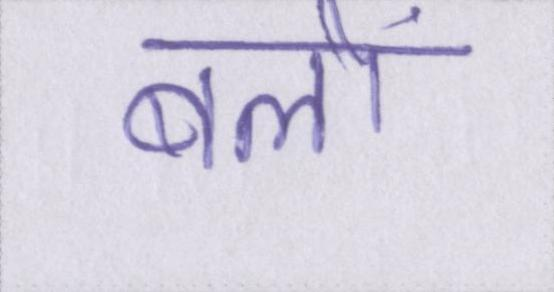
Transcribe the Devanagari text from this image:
बलों